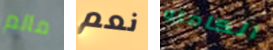
مالم نعم الكامله